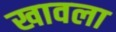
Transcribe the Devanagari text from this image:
खावला